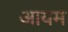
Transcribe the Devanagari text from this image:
आयम